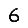
Digit: 6